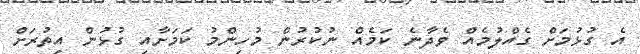
އެ ގުޅުމަށް ގެއްލުމެއް ވެދާނެ ކަމެއް ނުކުރުން މުހިންމު ކަމަށާއި ގުޅުން އިތުރަށް